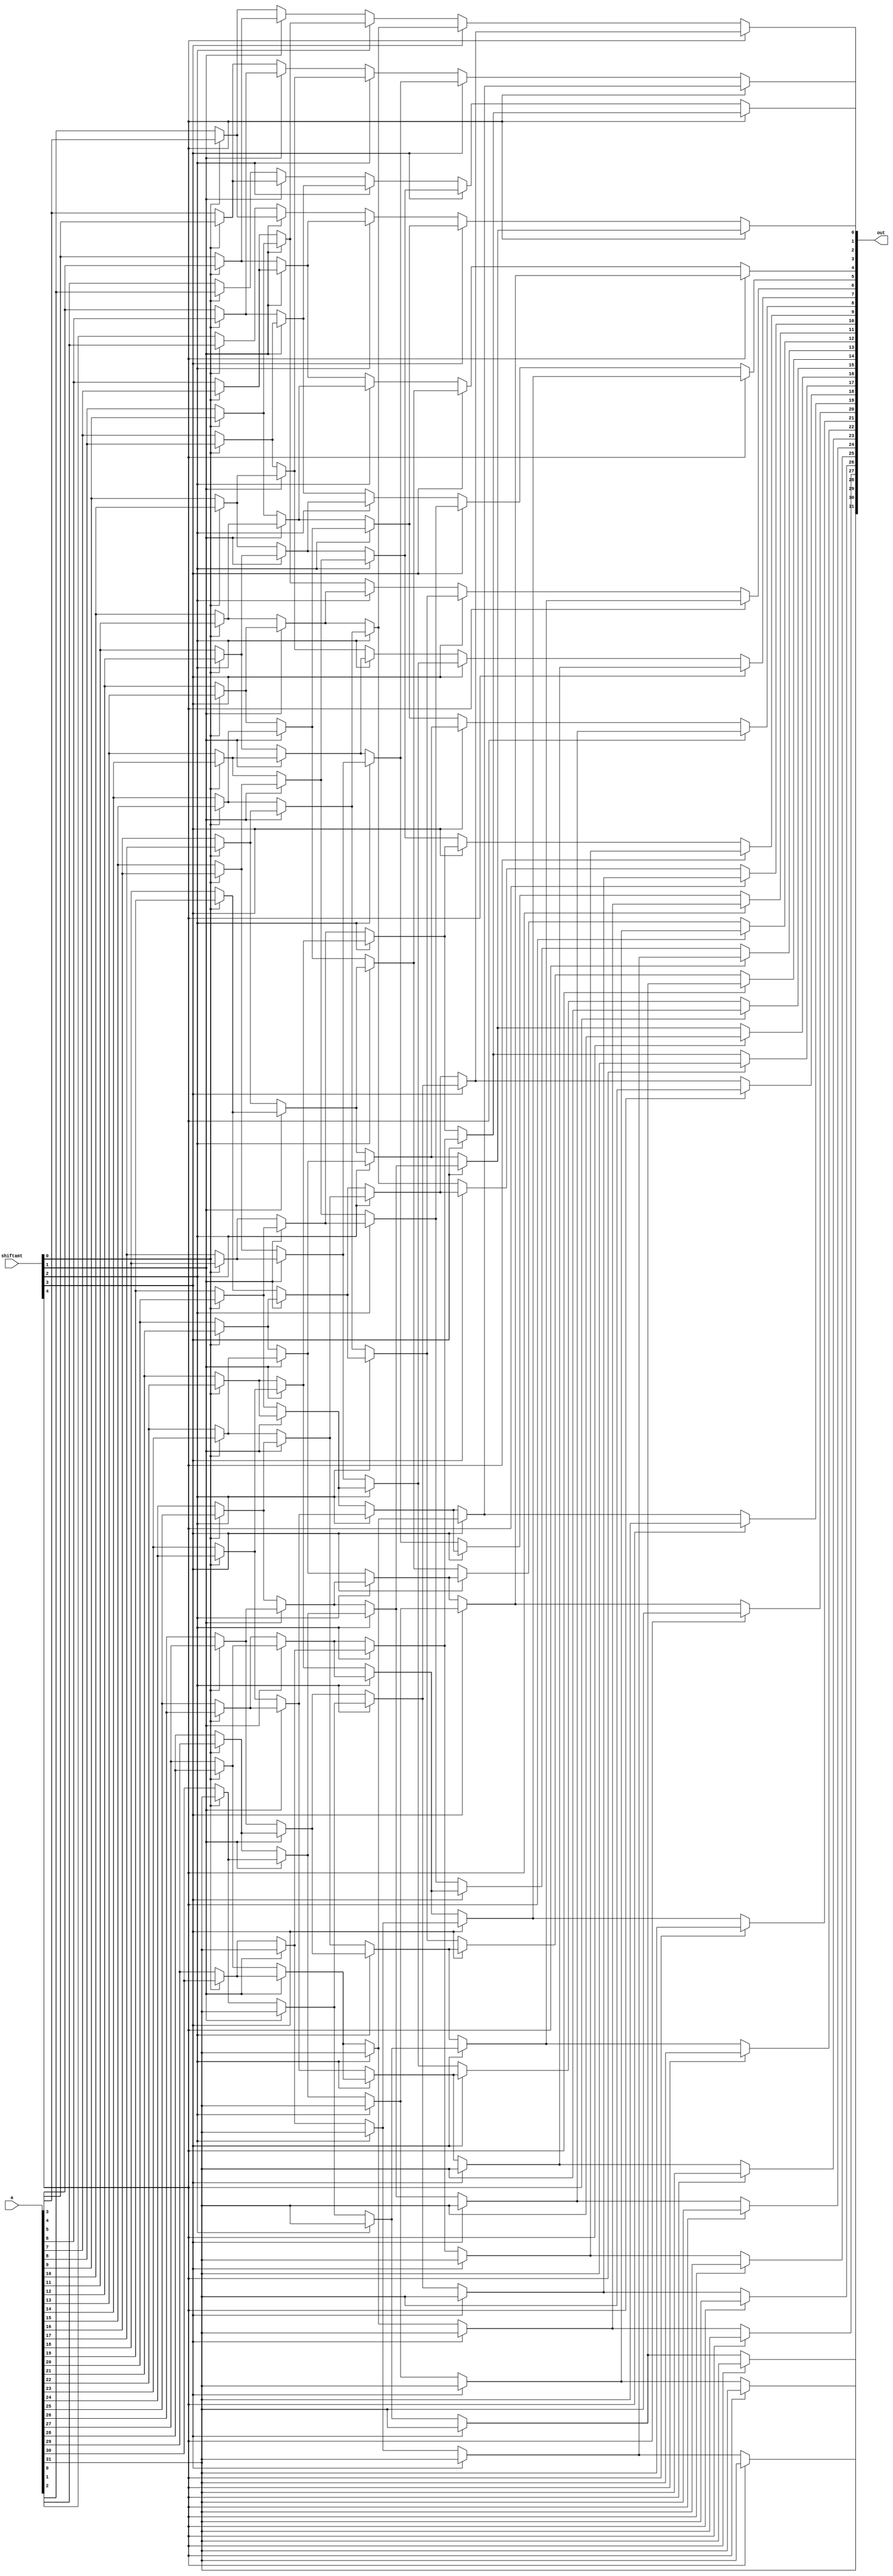
module SRA(out,a,shiftamt);
	input[31:0] a;
	input[4:0] shiftamt;
	wire[31:0] w1,w2,w3,w4;
	output[31:0] out;
	genvar i;
	//shift 1
	assign w1[31]=a[31];
	
	generate
		for (i=0;i<31;i=i+1)
		begin: bit_1shift
			assign w1[i]=shiftamt[0]?a[i+1]:a[i];
		end
	endgenerate
	//shift 2
	assign w2[31]=shiftamt[1]?w1[31]:w1[31];
	assign w2[30]=shiftamt[1]?w1[31]:w1[30];

	generate
	for (i=0;i<30;i=i+1)
		begin: bit_2shift
			assign w2[i]=shiftamt[1]?w1[i+2]:w1[i];
		end
	endgenerate
	
	//shift 4	
	assign w3[31]=shiftamt[2]?w2[31]:w2[31];
	assign w3[30]=shiftamt[2]?w2[31]:w2[30];
	assign w3[29]=shiftamt[2]?w2[31]:w2[29];
	assign w3[28]=shiftamt[2]?w2[31]:w2[28];

	generate
	for (i=0;i<28;i=i+1)
		begin: bit_4shift_0_27
			assign w3[i]=shiftamt[2]?w2[i+4]:w2[i];
		end
	endgenerate
	
	//shift 8
	generate
	for (i=24;i<32;i=i+1)
		begin: bit_8shift_24_31
			assign w4[i]=shiftamt[3]?w3[31]:w3[i];
		end
	endgenerate
	
	generate
	for (i=0;i<24;i=i+1)
		begin: bit_8shift_0_23
			assign w4[i]=shiftamt[3]?w3[i+8]:w3[i];
		end
	endgenerate
	
	//shift 16
	generate
	for (i=16;i<32;i=i+1)
		begin: bit_16shift_16_31
			assign out[i]=shiftamt[4]?w4[31]:w4[i];
		end
	endgenerate
	
	generate
	for (i=0;i<16;i=i+1)
		begin: bit_16shift_0_15
			assign out[i]=shiftamt[4]?w4[i+16]:w4[i];
		end
	endgenerate

	
endmodule

/*module SLL(out,a,shiftamt);
	input[31:0] a;
	input[4:0] shiftamt;
	output[31:0] out;
	wire[31:0] w1,w2,w3,w4,w5,w6,w7,w8,w9,w10;
	wire[15:0] cout_16;
	wire[7:0]cout_8;
	wire[3:0]cout_4;
	wire[1:0]cout_2;
	wire cout_1;
	SLL_16_32bit S1(w1,16'b0,cout_16,a);
	assign w2=shiftamt[4]?w1:a;
	SLL_8_32bit S2(w3,8'b0,cout_8,w2);
	assign w4=shiftamt[3]?w3:w2;
	SLL_4_32bit S3(w5,4'b0,cout_4,w4);
	assign w6=shiftamt[2]?w5:w4;
	SLL_2_32bit S4(w7,2'b0,cout_2,w6);
	assign w8=shiftamt[1]?w7:w6;
	SLL_1_32bit S5(w9,1'b0,cout_1,w8);
	assign out=shiftamt[0]?w9:w8;
endmodule
*//*module SRA(out,a,shiftamt);
	input[31:0] a;
	input[4:0] shiftamt;
	output[31:0] out;
	wire[31:0] w1,w2,w3,w4,w5,w6,w7,w8,w9,w10;
	wire[15:0] w11;
	wire[7:0] w12;
	wire[3:0] w13;
	wire[1:0] w14;
	wire w15;
	wire[15:0] cout_16;
	wire[7:0]cout_8;
	wire[3:0]cout_4;
	wire[1:0]cout_2;
	wire cout_1;
	assign w11=a[31]?16'b1111111111111111:16'b0;
	assign w12=a[31]?8'b11111111:8'b0;
	assign w13=a[31]?4'b1111:4'b0;
	assign w14=a[31]?2'b11:2'b0;
	assign w15=a[31]?1'b1:1'b0;
	SRA_16_32bit S1(w1,w11,cout_16,a);
	assign w2=shiftamt[4]?w1:a;
	SRA_8_32bit S2(w3,w12,cout_8,w2);
	assign w4=shiftamt[3]?w3:w2;
	SRA_4_32bit S3(w5,w13,cout_4,w4);
	assign w6=shiftamt[2]?w5:w4;
	SRA_2_32bit S4(w7,w14,cout_2,w6);
	assign w8=shiftamt[1]?w7:w6;
	SRA_1_32bit S5(w9,w15,cout_1,w8);
	assign out=shiftamt[0]?w9:w8;
endmodule*/